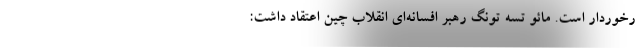
رخوردار است. مائو تسه تونگ رهبر افسانه‌ای انقلاب چین اعتقاد داشت: